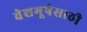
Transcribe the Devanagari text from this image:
वेशभूषेसाठी